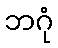
ဘဂုံ